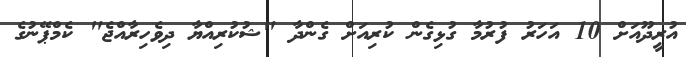
އުރީދޫއަށް 10 އަހަރު ފުރުމާ ގުޅިގެން ކުރިއަށް ގެންދާ "ޝުކުރިއްޔާ ދިވެހިރާއްޖެ" ކެމްޕޭނުގެ